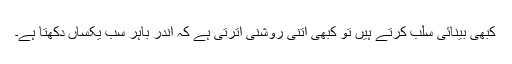
کبھی بینائی سلب کرتے ہیں تو کبھی اتنی روشنی اُترتی ہے کہ اندر باہر سب یکساں دکھتا ہے۔